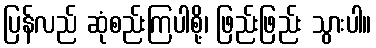
ပြန်လည် ဆုံစည်းကြပါစို့၊ ဖြည်းဖြည်း သွားပါ။